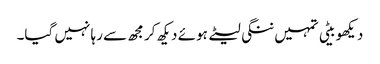
دیکھو بیٹی تمہیں ننگی لیٹے ہوئے دیکھ کر مجھ سے رہا نہیں گیا۔